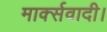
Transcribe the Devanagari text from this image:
मार्क्सवादी।